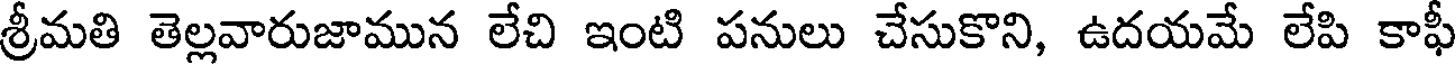
శ్రీమతి తెల్లవారుజామున లేచి ఇంటి పనులు చేసుకొని, ఉదయమే లేపి కాఫీ